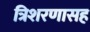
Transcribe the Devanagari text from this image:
त्रिशरणासह